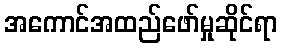
အကောင်အထည်ဖော်မှုဆိုင်ရာ